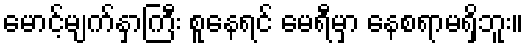
မောင့်မျက်နှာကြီး စူနေရင် မေရီမှာ နေစရာမရှိဘူး။